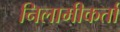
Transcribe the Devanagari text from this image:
निलामीकर्ता